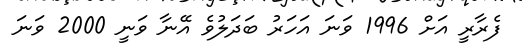
ފެރާރީ އަށް 1996 ވަނަ އަހަރު ބަދަލުވެ އޭނާ ވަނީ 2000 ވަނަ